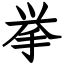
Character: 挙